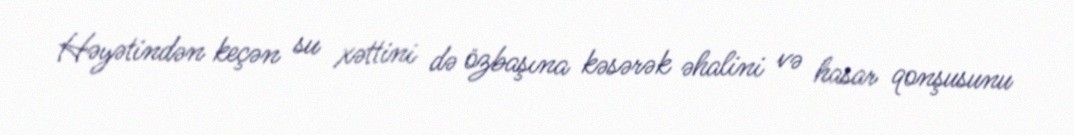
Həyətindən keçən su xəttini də özbaşına kəsərək əhalini və hasar qonşusunu